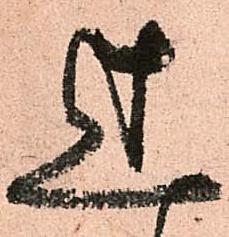
辻